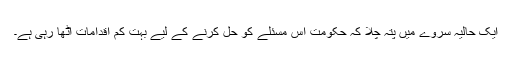
ایک حالیہ سروے میں پتہ چلا کہ حکومت اس مسئلے کو حل کرنے کے لیے بہت کم اقدامات اٹھا رہی ہے۔